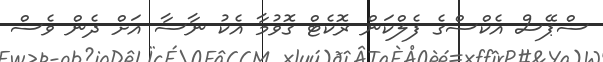
ސްޕޭސް އެކްސްގެ ފެލްކަން ރޮކެޓް ގޮވުމާ އެކު ނާސާ އަށް ދެން ވެސް